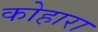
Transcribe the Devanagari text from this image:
कोहारा